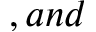
, a n d